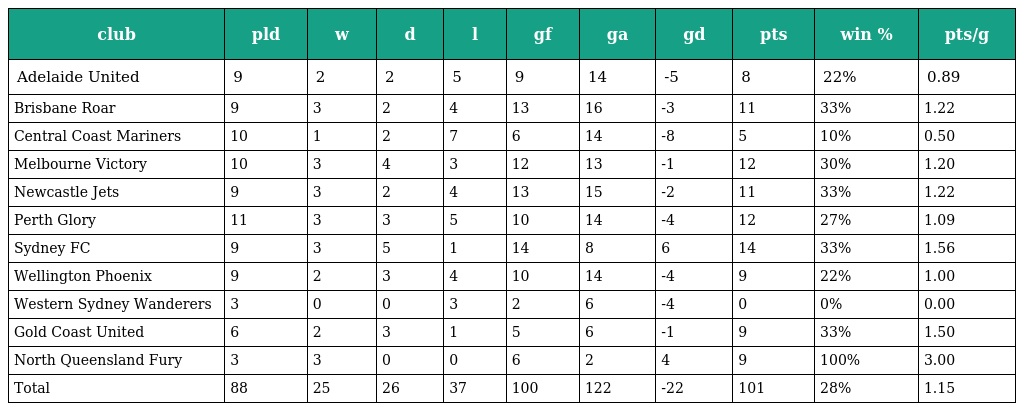
| club | pld | w | d | l | gf | ga | gd | pts | win % | pts/g |
 | --- | --- | --- | --- | --- | --- | --- | --- | --- | --- | --- |
 | Adelaide United | 9 | 2 | 2 | 5 | 9 | 14 | -5 | 8 | 22% | 0.89 |
 | Brisbane Roar | 9 | 3 | 2 | 4 | 13 | 16 | -3 | 11 | 33% | 1.22 |
 | Central Coast Mariners | 10 | 1 | 2 | 7 | 6 | 14 | -8 | 5 | 10% | 0.50 |
 | Melbourne Victory | 10 | 3 | 4 | 3 | 12 | 13 | -1 | 12 | 30% | 1.20 |
 | Newcastle Jets | 9 | 3 | 2 | 4 | 13 | 15 | -2 | 11 | 33% | 1.22 |
 | Perth Glory | 11 | 3 | 3 | 5 | 10 | 14 | -4 | 12 | 27% | 1.09 |
 | Sydney FC | 9 | 3 | 5 | 1 | 14 | 8 | 6 | 14 | 33% | 1.56 |
 | Wellington Phoenix | 9 | 2 | 3 | 4 | 10 | 14 | -4 | 9 | 22% | 1.00 |
 | Western Sydney Wanderers | 3 | 0 | 0 | 3 | 2 | 6 | -4 | 0 | 0% | 0.00 |
 | Gold Coast United | 6 | 2 | 3 | 1 | 5 | 6 | -1 | 9 | 33% | 1.50 |
 | North Queensland Fury | 3 | 3 | 0 | 0 | 6 | 2 | 4 | 9 | 100% | 3.00 |
 | Total | 88 | 25 | 26 | 37 | 100 | 122 | -22 | 101 | 28% | 1.15 |